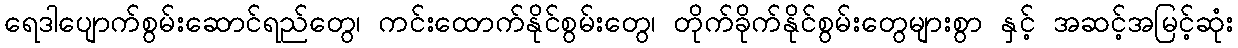
ရေဒါပျောက်စွမ်းဆောင်ရည်တွေ၊ ကင်းထောက်နိုင်စွမ်းတွေ၊ တိုက်ခိုက်နိုင်စွမ်းတွေများစွာ နှင့် အဆင့်အမြင့်ဆုံး